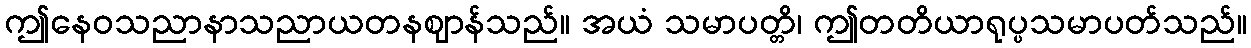
ဤနေဝသညာနာသညာယတနဈာန်သည်။ အယံ သမာပတ္တိ၊ ဤတတိယာရုပ္ပသမာပတ်သည်။